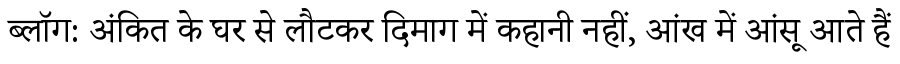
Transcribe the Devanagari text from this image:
ब्लॉग: अंकित के घर से लौटकर दिमाग में कहानी नहीं, आंख में आंसू आते हैं